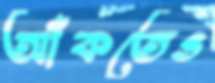
আঁকতেও